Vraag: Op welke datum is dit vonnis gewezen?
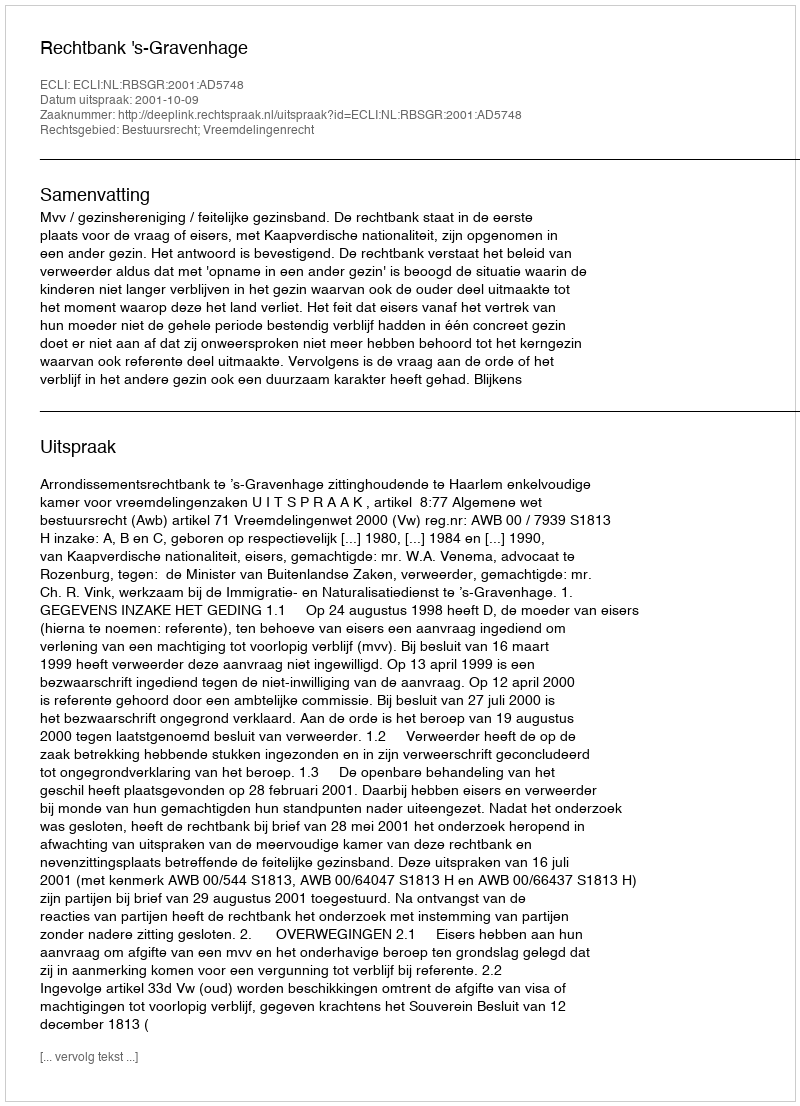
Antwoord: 2001-10-09